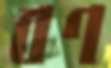
বণ